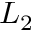
L _ { 2 }